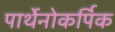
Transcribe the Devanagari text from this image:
पार्थेनोकर्पिक